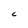
Character: C